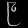
Digit: ၉